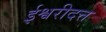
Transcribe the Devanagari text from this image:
ईश्वरीदत्त